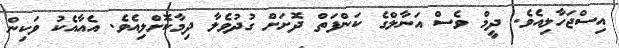
އިސްޖަހާލިއެވެ. ދީމް ވެސް އަނާލްގެ ކަންފަތް ދޮށަށް ގުދުވެލާ ދިމާކޮށްލިއެވެ. އެއާއެކު ވަކިން